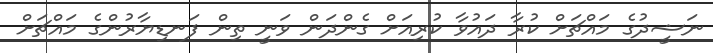
ނަޝީދުގެ މައްޗަށް ކުރާ ދައުވާ ކުރިއަށް ގެންދަން ވަނީ ތިން ފަނޑިޔާރުންގެ މައްޗަށް